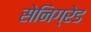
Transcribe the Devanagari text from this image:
सेनिग्रेड